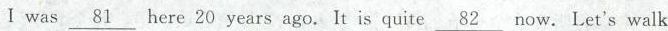
I was \underline{81} here 20 years ago. It is quite \underline{82} now. Let's walk